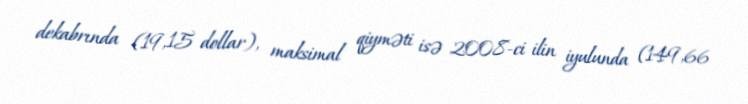
dekabrında (19,15 dollar), maksimal qiyməti isə 2008-ci ilin iyulunda (149,66